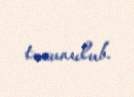
toxunulub.